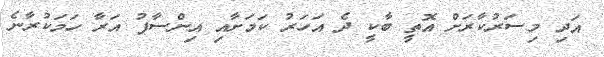
އަދި މިސަރުކާރަށް އޮތީ ބާކީ ދެ އަހަރު ކަމަށާއި އިންސާފު އަރާ ހަމަކުރާނެ